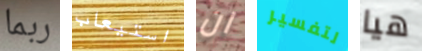
ربما استيعاب ان لتفسير هيا